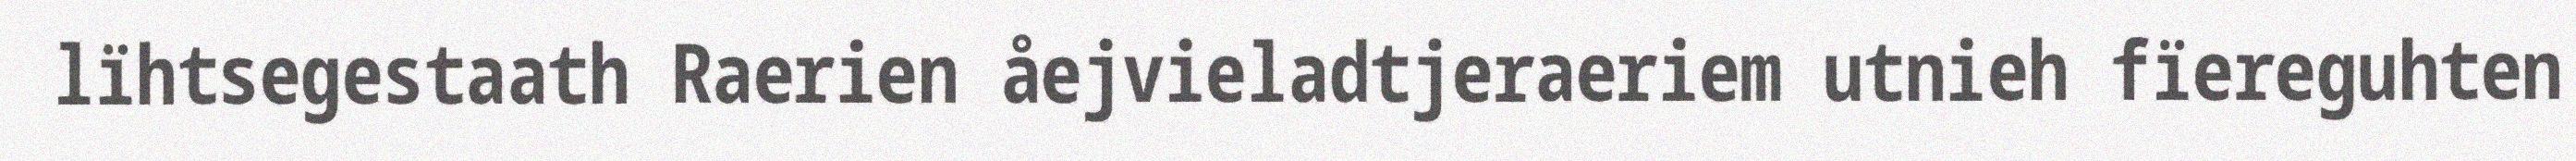
lïhtsegestaath Raerien åejvieladtjeraeriem utnieh fïereguhten